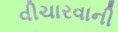
વીચારવાની